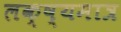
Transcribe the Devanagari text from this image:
लक्ष्यमात्र